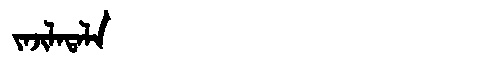
Manchu: ᠵᠠᠵᡳᠯᠠᡨᠠᠯᠠ
Romanization: JAJILATALA